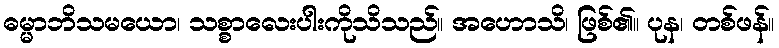
ဓမ္မာဘိသမယော၊ သစ္စာလေးပါးကိုသိသည်။ အဟောသိ၊ ဖြစ်၏။ ပုန၊ တစ်ဖန်။